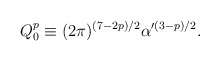
\begin{align*}Q_0^p \equiv (2\pi)^{(7 - 2p)/2} \alpha'^{(3 - p)/2}.\end{align*}